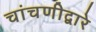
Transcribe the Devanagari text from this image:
चांचणीद्वारे